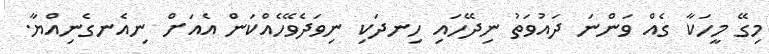
މިގޭ މީހަކާ ގެއް ވަންނަ ދައުވަތު ނިދޭހައި ހިނދަކި ނިވަދެވޭހެއްކަން އެއަށް ނިއެނގެނިއްޔާ.